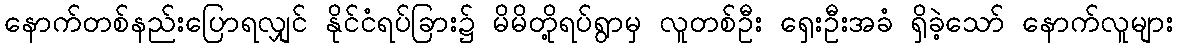
နောက်တစ်နည်းပြောရလျှင် နိုင်ငံရပ်ခြား၌ မိမိတို့ရပ်ရွာမှ လူတစ်ဦး ရှေးဦးအခံ ရှိခဲ့သော် နောက်လူများ